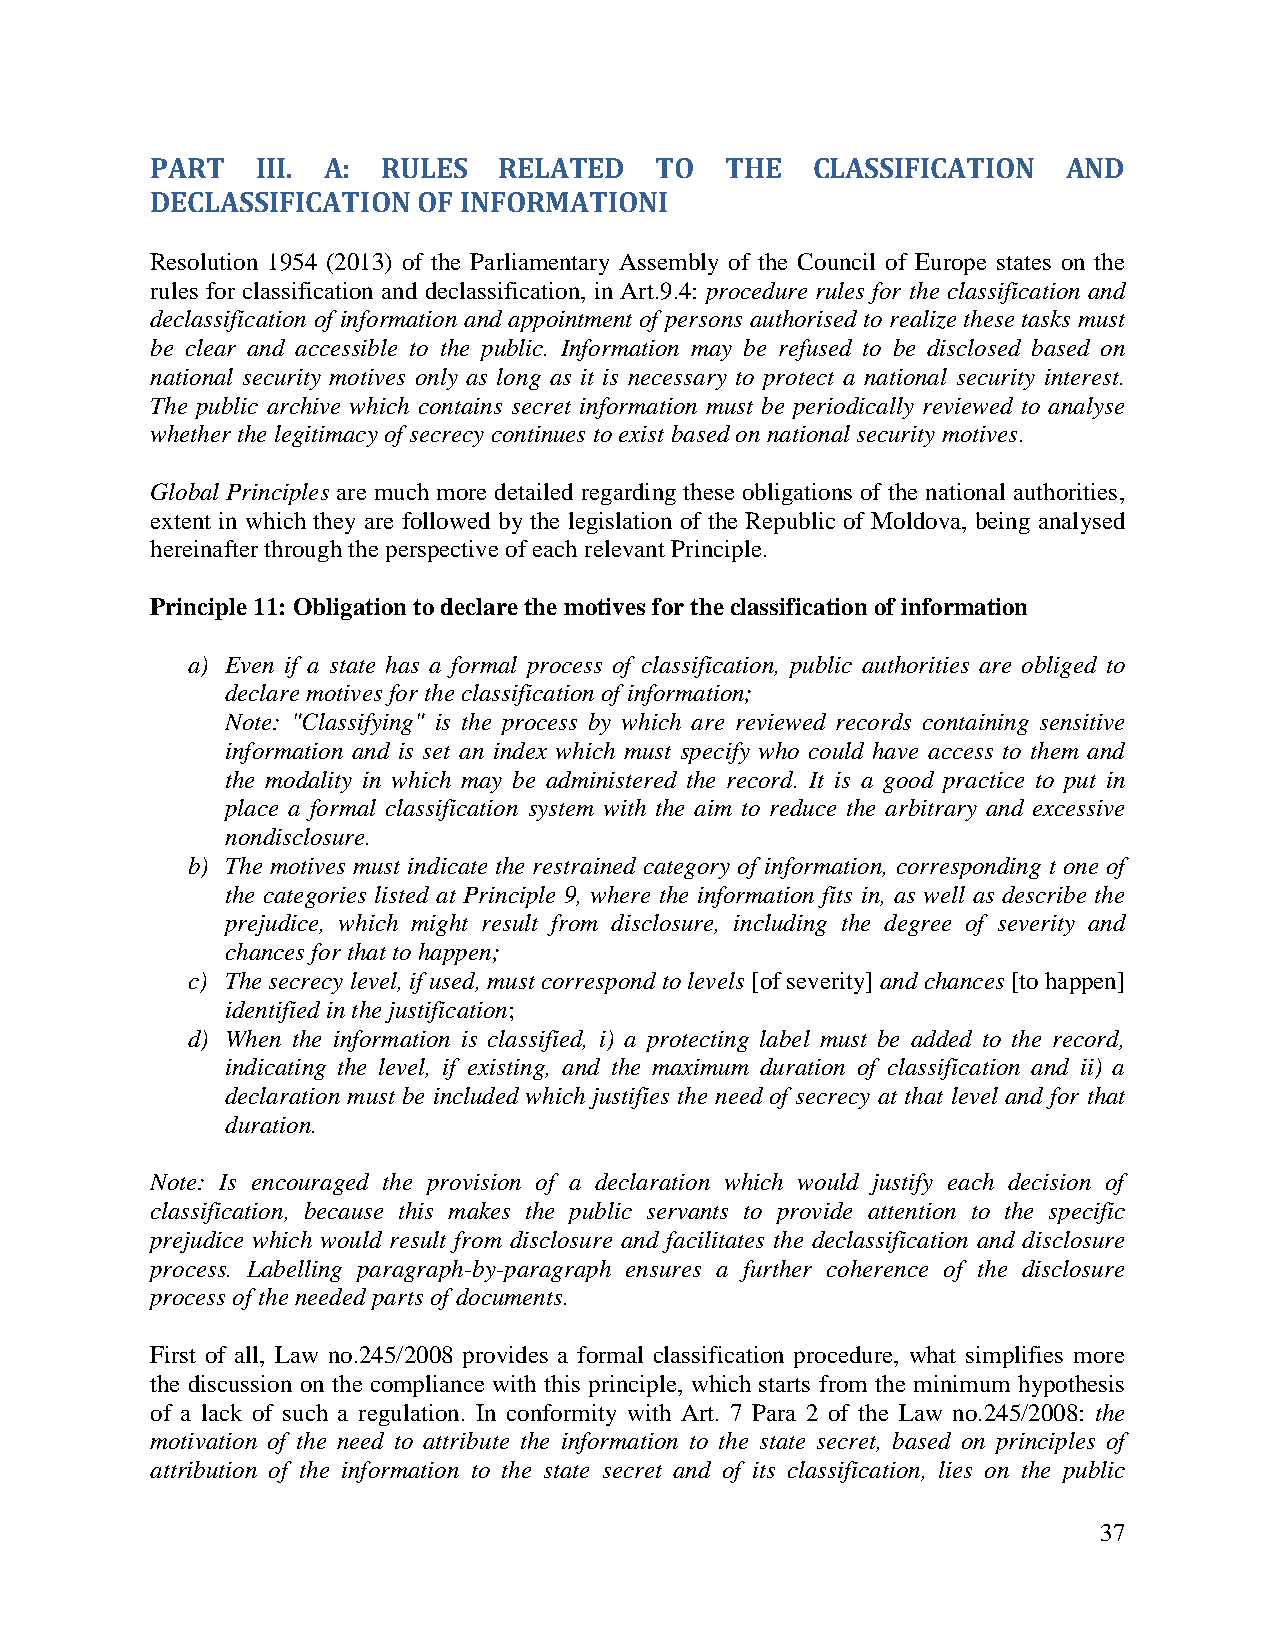
PART   III. A: RULES   RELATED   TO   THE   CLASSIFICATION   AND
 DECLASSIFICATION  OF INFORMATIONI
 Resolution 1954 (2013) of the Parliamentary Assembly of the Council of Europe states on the
 rules for classification and declassification, in Art.9.4: procedure rules for the classification and
 declassification of information and appointment of persons authorised to realize these tasks must
 be clear and accessible to the public. Information may be refused to be disclosed based on
 national security motives only as long as it is necessary to protect a national security interest.
 The public archive which contains secret information must be periodically reviewed to analyse
 whether the legitimacy of secrecy continues to exist based on national security motives.
 Global Principles are much more detailed regarding these obligations of the national authorities,
 extent in which they are followed by the legislation of the Republic of Moldova, being analysed
 hereinafter through the perspective of each relevant Principle.
 Principle 11: Obligation to declare the motives for the classification of information
 a) Even if a state has a formal process of classification, public authorities are obliged to
 declare motives for the classification of information;
 Note: "Classifying" is the process by which are reviewed records containing sensitive
 information and is set an index which must specify who could have access to them and
 the modality in which may be administered the record. It is a good practice to put in
 place a formal classification system with the aim to reduce the arbitrary and excessive
 nondisclosure.
 b) The motives must indicate the restrained category of information, corresponding t one of
 the categories listed at Principle 9, where the information fits in, as well as describe the
 prejudice, which might result from disclosure, including the degree of severity and
 chances for that to happen;
 c) The secrecy level, if used, must correspond to levels [of severity] and chances [to happen]
 identified in the justification;
 d) When the information is classified, i) a protecting label must be added to the record,
 indicating the level, if existing, and the maximum duration of classification and ii) a
 declaration must be included which justifies the need of secrecy at that level and for that
 duration.
 Note: Is encouraged the provision of a declaration which would justify each decision of
 classification, because this makes the public servants to provide attention to the specific
 prejudice which would result from disclosure and facilitates the declassification and disclosure
 process. Labelling paragraph-by-paragraph ensures a further coherence of the disclosure
 process of the needed parts of documents.
 First of all, Law no.245/2008 provides a formal classification procedure, what simplifies more
 the discussion on the compliance with this principle, which starts from the minimum hypothesis
 of a lack of such a regulation. In conformity with Art. 7 Para 2 of the Law no.245/2008: the
 motivation of the need to attribute the information to the state secret, based on principles of
 attribution of the information to the state secret and of its classification, lies on the public
 37